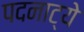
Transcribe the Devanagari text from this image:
पदनाट्ये